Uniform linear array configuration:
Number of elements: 48
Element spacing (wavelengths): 0.5
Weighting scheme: binomial
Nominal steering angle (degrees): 30
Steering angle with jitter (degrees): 31.051
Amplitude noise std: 0.05
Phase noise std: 0.05

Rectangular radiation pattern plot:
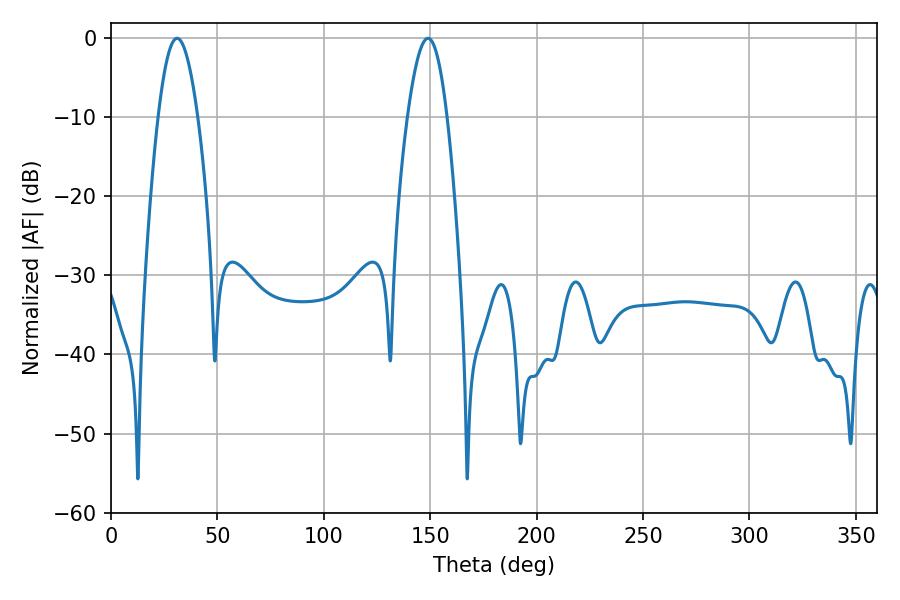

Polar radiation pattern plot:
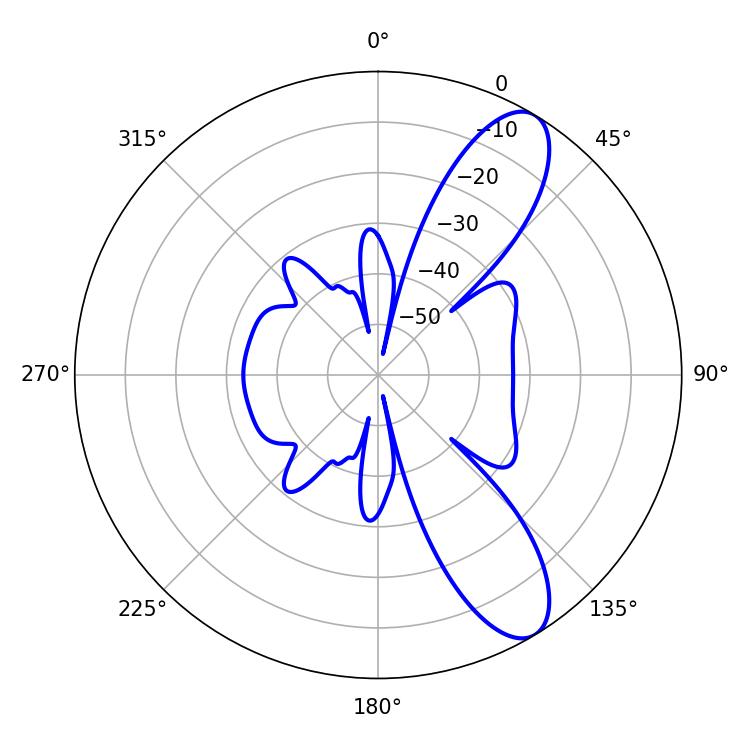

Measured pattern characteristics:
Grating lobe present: FALSE
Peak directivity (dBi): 10.05
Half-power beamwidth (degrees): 10.08
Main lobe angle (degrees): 149.04